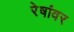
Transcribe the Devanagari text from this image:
रेषांवर